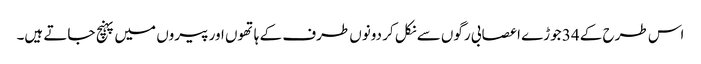
اس طرح کے 34 جوڑے اعصابی رگوں سے نکل کر دونوں طرف کے ہاتھوں اور پیروں میں پہنچ جاتے ہیں۔